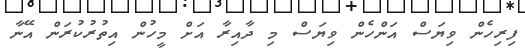
ފިރިހެން ވިޔަސް އަންހެން ވިޔަސް މި ދާއިރާ އަށް މީހުން އިތުރުކުރަން އޭނާ